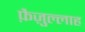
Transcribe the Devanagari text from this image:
फ़ैज़ुल्लाह